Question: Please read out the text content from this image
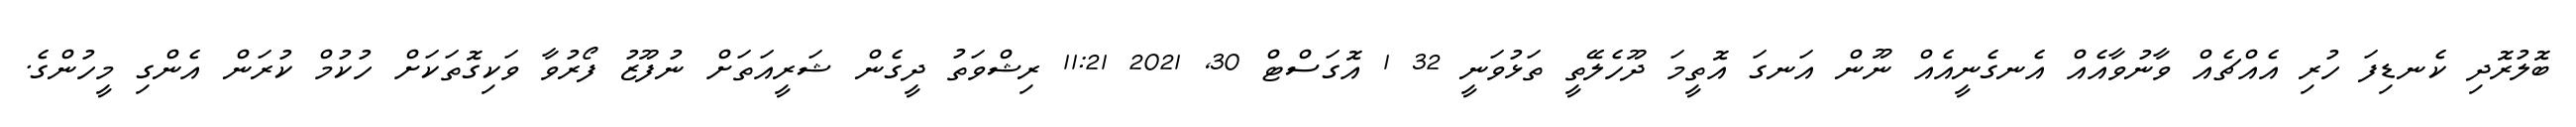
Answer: ބޮލުރޮދި ކެނޑިފަ ހުރި އެއްޗެއް ވާނުވާއެއް އެނގެނީއެއް ނޫން އަނގަ އޮތީމަ ދޫހެލޭތީ ތަޅުވަނީ 32 1 އޮގަސްޓް 30, 2021 11:21 ރިޝްވަތު ދީގެން ޝަރީއަތަށް ނުފޫޒު ފޯރުވާ ވަކިގޮތަކަށް ހުކުމް ކުރަން އެންގި މީހުންގެ.